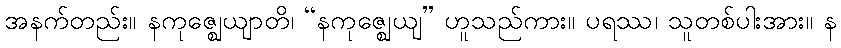
အနက်တည်း။ နကုဇ္ဈေယျာတိ၊ “နကုဇ္ဈေယျ” ဟူသည်ကား။ ပရဿ၊ သူတစ်ပါးအား။ န